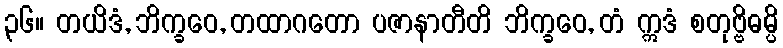
၃၆။ တယိဒံ, ဘိက္ခဝေ, တထာဂတော ပဇာနာတီတိ ဘိက္ခဝေ, တံ ဣဒံ စတုဗ္ဗိဓမ္ပိ